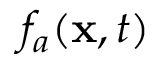
f _ { a } ( \mathbf { x } , t )